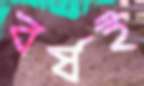
বর্ষই